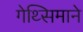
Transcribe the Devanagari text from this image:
गेथ्सिमाने